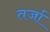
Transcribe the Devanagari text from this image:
तर्जा